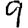
Digit: 9